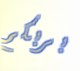
بربكم